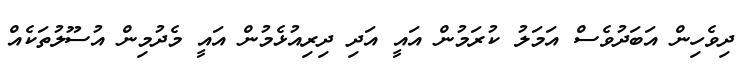
ދިވެހިން އަބަދުވެސް އަމަލު ކުރަމުން އައީ އަދި ދިރިއުޅެމުން އައީ މެދުމިން އުސޫލުތަކެއް